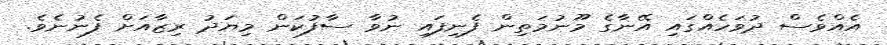
އެއްވެސް ދުވަހެއްގައި އޭނާގެ މޫނުމަތިން ފެނިފައި ނުވާ ސާފުކަން މިޔަދު ރިޒާއަށް ފެނުނެވެ.